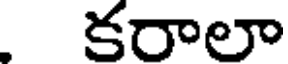
కరాలా